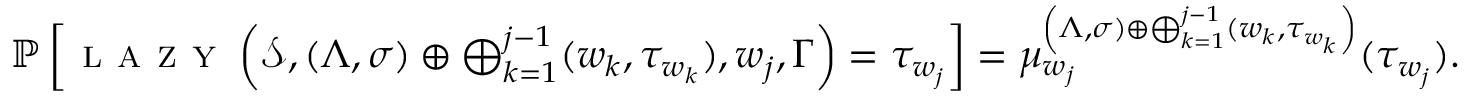
\begin{array} { r } { \mathbb P \left[ \textsc { l a z y } \left( \mathcal S , ( \Lambda , \sigma ) \oplus \bigoplus _ { k = 1 } ^ { j - 1 } ( w _ { k } , \tau _ { w _ { k } } ) , w _ { j } , \Gamma \right) = \tau _ { w _ { j } } \right] = \mu _ { w _ { j } } ^ { \left( \Lambda , \sigma ) \oplus \bigoplus _ { k = 1 } ^ { j - 1 } ( w _ { k } , \tau _ { w _ { k } } \right) } ( \tau _ { w _ { j } } ) . } \end{array}